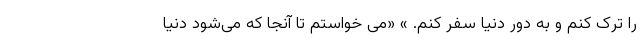
را ترک کنم و به دور دنیا سفر کنم. » «می خواستم تا آنجا که می‌شود دنیا